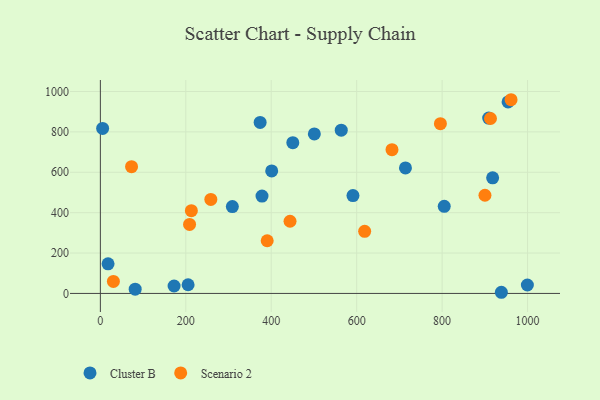
{"axis": {"x": "Engine Size", "y": "Profit"}, "legend": ["Cluster B", "Scenario 2"], "data": [{"x": "805.0", "y": 431.3, "type": "Cluster B"}, {"x": "938.7", "y": 5.7, "type": "Cluster B"}, {"x": "909.0", "y": 868.4, "type": "Cluster B"}, {"x": "999.6", "y": 41.8, "type": "Cluster B"}, {"x": "205.4", "y": 43.0, "type": "Cluster B"}, {"x": "714.2", "y": 621.4, "type": "Cluster B"}, {"x": "374.0", "y": 846.9, "type": "Cluster B"}, {"x": "563.9", "y": 808.5, "type": "Cluster B"}, {"x": "918.3", "y": 572.3, "type": "Cluster B"}, {"x": "18.0", "y": 146.5, "type": "Cluster B"}, {"x": "5.3", "y": 817.2, "type": "Cluster B"}, {"x": "500.9", "y": 789.9, "type": "Cluster B"}, {"x": "954.4", "y": 948.5, "type": "Cluster B"}, {"x": "81.5", "y": 21.0, "type": "Cluster B"}, {"x": "450.5", "y": 746.6, "type": "Cluster B"}, {"x": "591.3", "y": 484.4, "type": "Cluster B"}, {"x": "401.1", "y": 606.5, "type": "Cluster B"}, {"x": "172.6", "y": 36.8, "type": "Cluster B"}, {"x": "309.0", "y": 430.3, "type": "Cluster B"}, {"x": "378.4", "y": 482.0, "type": "Cluster B"}, {"x": "796.0", "y": 840.8, "type": "Scenario 2"}, {"x": "900.3", "y": 486.2, "type": "Scenario 2"}, {"x": "961.4", "y": 959.3, "type": "Scenario 2"}, {"x": "213.0", "y": 410.0, "type": "Scenario 2"}, {"x": "913.2", "y": 866.4, "type": "Scenario 2"}, {"x": "73.0", "y": 627.7, "type": "Scenario 2"}, {"x": "258.6", "y": 465.4, "type": "Scenario 2"}, {"x": "390.5", "y": 261.0, "type": "Scenario 2"}, {"x": "208.8", "y": 341.5, "type": "Scenario 2"}, {"x": "30.5", "y": 59.6, "type": "Scenario 2"}, {"x": "618.7", "y": 307.7, "type": "Scenario 2"}, {"x": "444.0", "y": 357.4, "type": "Scenario 2"}, {"x": "682.7", "y": 712.1, "type": "Scenario 2"}]}